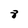
Character: 8